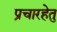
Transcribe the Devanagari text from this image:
प्रचारहेतु